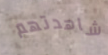
شاهدتهم